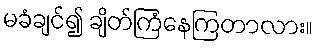
မခံချင်၍ ချိတ်ကြံနေကြတာလား။